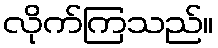
လိုက်ကြသည်။